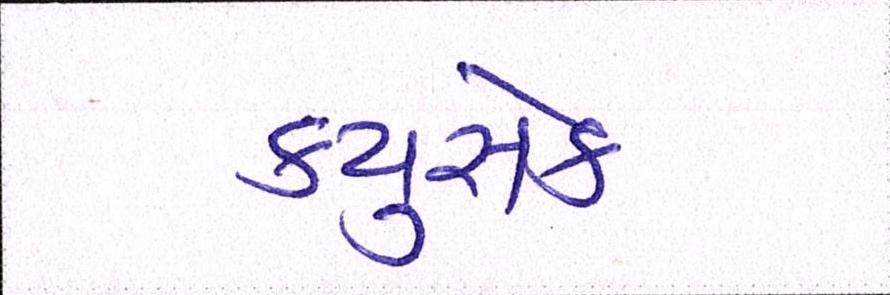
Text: ક્યુસેક